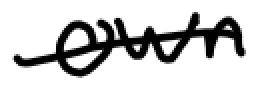
Text: own
Cross-out: single-line
Writing tool: digital_black